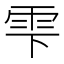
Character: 雫